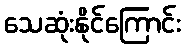
သေဆုံးနိုင်ကြောင်း